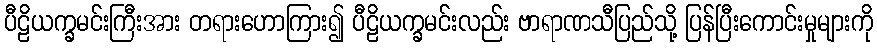
ပီဠိယက္ခမင်းကြီးအား တရားဟောကြား၍ ပီဠိယက္ခမင်းလည်း ဗာရာဏသီပြည်သို့ ပြန်ပြီးကောင်းမှုများကို